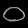
Digit: ၀